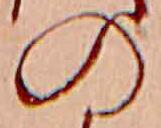
の